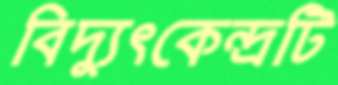
বিদ্যুৎকেন্দ্রটি